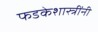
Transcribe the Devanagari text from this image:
फडकेशास्त्रींनी